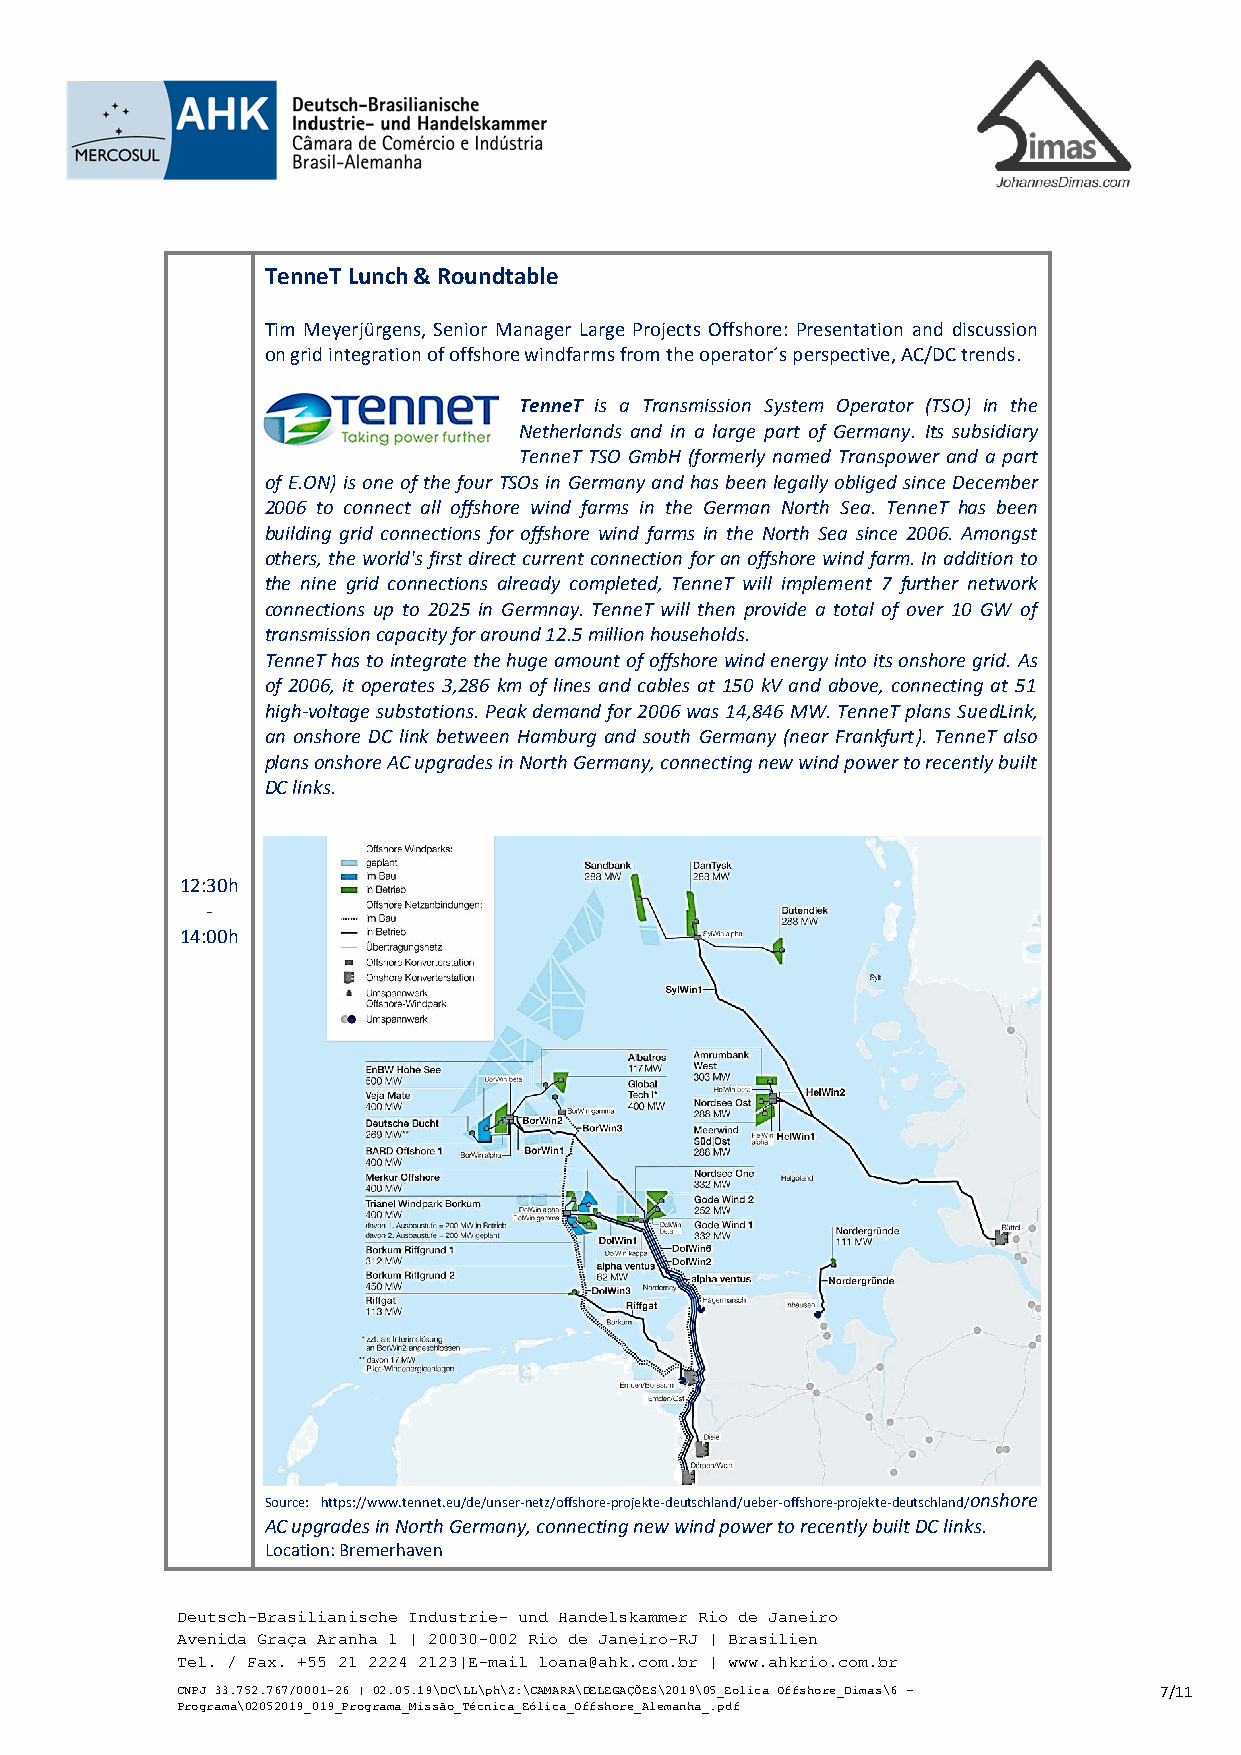
TenneT Lunch & Roundtable
 Tim Meyerjürgens, Senior Manager Large Projects Offshore: Presentation and discussion
 on grid integration of offshore windfarms from the operator´s perspective, AC/DC trends.
 TenneT is a Transmission System Operator (TSO) in the
 Netherlands and in a large part of Germany. Its subsidiary
 TenneT TSO GmbH (formerly named Transpower and a part
 of E.ON) is one of the four TSOs in Germany and has been legally obliged since December
 2006 to connect all offshore wind farms in the German North Sea. TenneT has been
 building grid connections for offshore wind farms in the North Sea since 2006. Amongst
 others, the world's first direct current connection for an offshore wind farm. In addition to
 the nine grid connections already completed, TenneT will implement 7 further network
 connections up to 2025 in Germnay. TenneT will then provide a total of over 10 GW of
 transmission capacity for around 12.5 million households.
 TenneT has to integrate the huge amount of offshore wind energy into its onshore grid. As
 of 2006, it operates 3,286 km of lines and cables at 150 kV and above, connecting at 51
 high-voltage substations. Peak demand for 2006 was 14,846 MW. TenneT plans SuedLink,
 an onshore DC link between Hamburg and south Germany (near Frankfurt). TenneT also
 plans onshore AC upgrades in North Germany, connecting new wind power to recently built
 DC links.
 12:30h
 -
 14:00h
 Source: https://www.tennet.eu/de/unser-netz/offshore-projekte-deutschland/ueber-offshore-projekte-deutschland/onshore
 AC upgrades in North Germany, connecting new wind power to recently built DC links.
 Location: Bremerhaven
 Deutsch-Brasilianische Industrie- und Handelskammer Rio de Janeiro
 Avenida Graça Aranha 1 | 20030-002 Rio de Janeiro-RJ | Brasilien
 Tel. / Fax. +55 21 2224 2123|E-mail loana@ahk.com.br | www.ahkrio.com.br
 CNPJ 33.752.767/0001-26 | 02.05.19\DC\LL\ph\Z:\CAMARA\DELEGAÇÕES\2019\05_Eolica Offshore_Dimas\6 – 7/11
 Programa\02052019_019_Programa_Missão_Técnica_Eólica_Offshore_Alemanha_.pdf